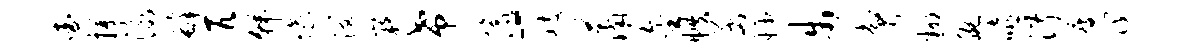
查攫泳罅匹韩愉溜嶷希像-岐萧金帙函妙步瞥翻腕嘻淑瘦筏